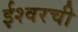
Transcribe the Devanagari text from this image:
ईश्वरची